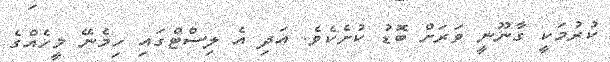
ކުރުމަކީ ގާނޫނީ ވަރަށް ބޮޑު ކުށެކެވެ. އަދި އެ ލިސްޓްގައި ހިމެނޭ މީހެއްގެ